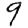
Digit: 9